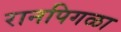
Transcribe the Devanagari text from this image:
रानपिगळा